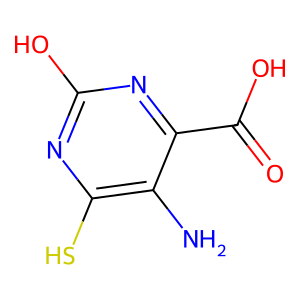
SMILES: Nc1c(S)nc(O)nc1C(=O)O
Inhibits HIV replication: No